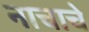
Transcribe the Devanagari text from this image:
नाचाचे